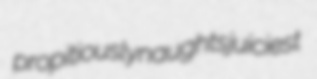
propitiously naughts juiciest